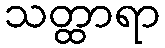
သတ္ထာရာ